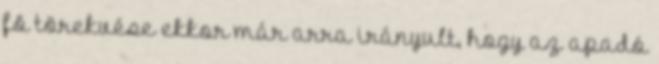
fõ törekvése ekkor már arra irányult, hogy az apadó